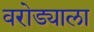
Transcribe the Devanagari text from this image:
वरोड्याला